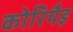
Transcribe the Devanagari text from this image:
कोरियैइ